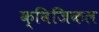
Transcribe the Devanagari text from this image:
क्विजिकल